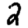
Digit: 2